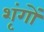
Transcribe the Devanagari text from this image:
शृंगों